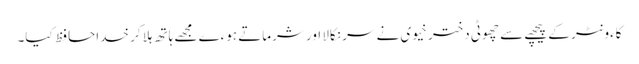
کاءونٹر کے پیچھے سے چھوٹی دختر خیوی نے سر نکالا اور شرماتے ہوءے مجھے ہاتھ ہلا کر خداحافظ کیا۔